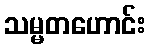
သမ္မတဟောင်း